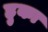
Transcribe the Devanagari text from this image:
हुका